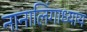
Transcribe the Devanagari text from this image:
नानालिंगाध्याय